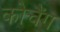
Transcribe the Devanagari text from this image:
कोचैंग